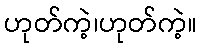
ဟုတ်ကဲ့၊ဟုတ်ကဲ့။